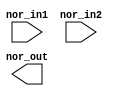
// This program was cloned from: https://github.com/chipsalliance/aib-phy-hardware
// License: Apache License 2.0

// SPDX-License-Identifier: Apache-2.0
// Copyright (C) 2019 Intel Corporation. 
//-----------------------------------------------------------------------------
//  Clock OR macro
//-----------------------------------------------------------------------------

module altr_hps_cknor (
    input  wire              nor_in1,     // or input 1
    input  wire              nor_in2,     // or input 2
    output  wire             nor_out      // or output
);

// -------------------
// Port declarations
// -------------------

// -----
// RTL
// -----

`ifdef ALTR_HPS_INTEL_MACROS_OFF
assign nor_out = ~(nor_in1 | nor_in2);

`else


`endif

endmodule